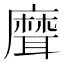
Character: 𦗕